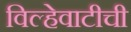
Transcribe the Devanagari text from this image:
विल्हेवाटीची